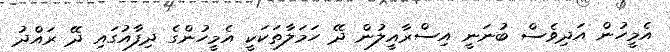
އެމީހުން އަދިވެސް ބުނަނީ އިސްރާއީލުން ދޭ ހަމަލާތަކަކީ އެމީހުންގެ ދިފާއުގައި ދޭ ރައްދު